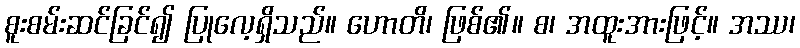
စူးစမ်းဆင်ခြင်၍ ပြုလေ့ရှိသည်။ ဟောတိ၊ ဖြစ်၏။ စ၊ အထူးအားဖြင့်။ အဿ၊